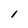
Character: 1